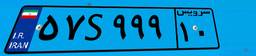
۵۷S۹۹۹۱۰